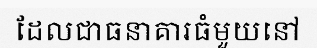
ដែលជាធនាគារធំមួយនៅ